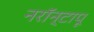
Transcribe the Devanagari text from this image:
नरॉन्टापू